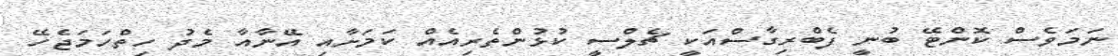
ނަމަވެސް ކޮންޓޭ ބުނީ ފެބްރިގާސްއަކީ ޗެލްސީ ކުޅުންތެރިއެއް ކަމަށާއި އޭނާއާ މެދު ހިތްހަމަޖެހޭ